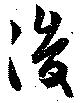
後